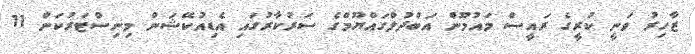
ޒާހިރު ވަނީ ކުރީގެ ރައީސް މައުމޫން އަބްދުލްގައްޔޫމްގެ ސަރުކާރުގައި އެޑިއުކޭޝަން މިނިސްޓަރުކަން 11